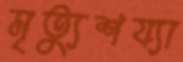
মৃত্যুশয্যা